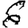
Digit: 6